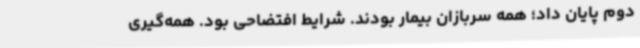
دوم پایان داد؛ همه سربازان بیمار بودند. شرایط افتضاحی بود. همه‌گیری